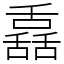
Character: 舙